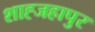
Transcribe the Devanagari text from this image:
शाह्जहापुर